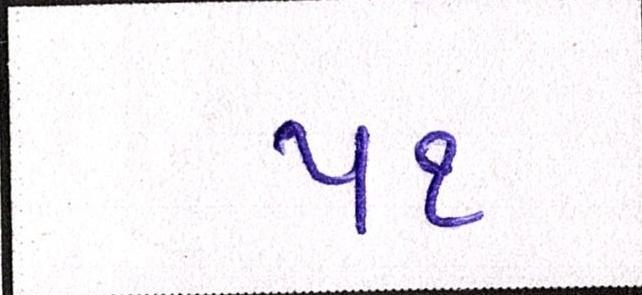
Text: ૫૧